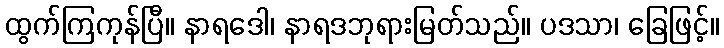
ထွက်ကြကုန်ပြီ။ နာရဒေါ၊ နာရဒဘုရားမြတ်သည်။ ပဒသာ၊ ခြေဖြင့်။